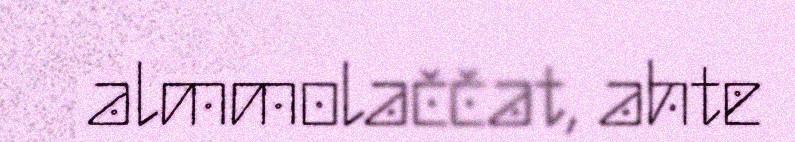
almmolaččat, ahte